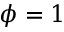
\phi = 1